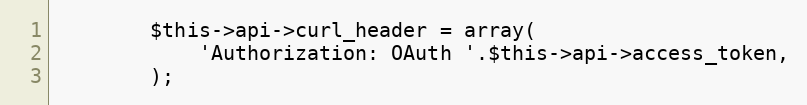
Language: PHP
        $this->api->curl_header = array(
            'Authorization: OAuth '.$this->api->access_token,
        );